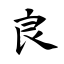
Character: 良